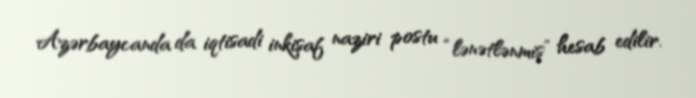
Azərbaycanda da iqtisadi inkişaf naziri postu “lənətlənmiş” hesab edilir.